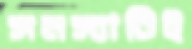
সমস্যাটিই